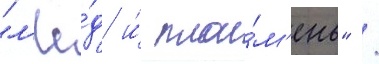
"л'ё́д и́ пла́м'ень" /